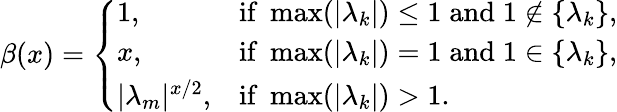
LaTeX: \beta(x)=\left\{ \begin{array}{ll}{1,}&{\mathrm{if}\; \operatorname*{max}(|\lambda_{k}|)\le 1\; \mathrm{and}\; 1\notin\{ \lambda_{k}\} ,}\\ {x,}&{\mathrm{if}\; \operatorname*{max}(|\lambda_{k}|)=1\; \mathrm{and}\; 1\in\{ \lambda_{k}\} ,}\\ {|\lambda_{m}|^{x/2},}&{\mathrm{if}\; \operatorname*{max}(|\lambda_{k}|)>1.}\end{array}\right.